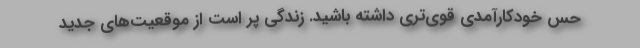
حس خودکارآمدی قوی‌تری داشته باشید. زندگی پر است از موقعیت‌های جدید